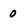
Character: 0